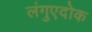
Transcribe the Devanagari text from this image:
लंगुएदोक